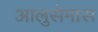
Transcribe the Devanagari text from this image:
आलुसेमास